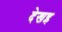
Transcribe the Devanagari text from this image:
देखइ